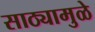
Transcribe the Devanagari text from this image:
साठ्यामुळे